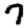
Digit: 7